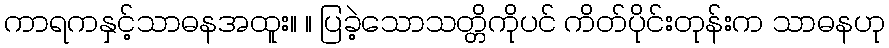
ကာရကနှင့်သာဓနအထူး။ ။ ပြခဲ့သောသတ္တိကိုပင် ကိတ်ပိုင်းတုန်းက သာဓနဟု